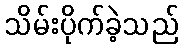
သိမ်းပိုက်ခဲ့သည်